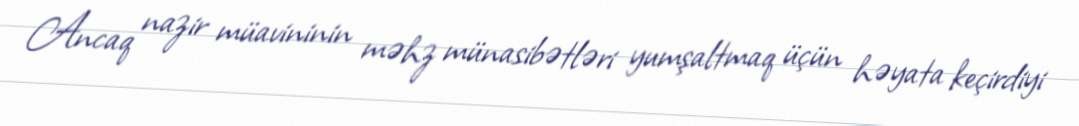
Ancaq nazir müavininin məhz münasibətləri yumşaltmaq üçün həyata keçirdiyi